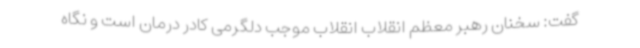
گفت: سخنان رهبر معظم انقلاب انقلاب موجب دلگرمی کادر درمان است و نگاه